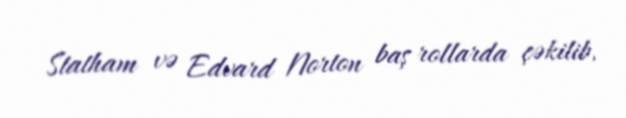
Statham və Edvard Norton baş rollarda çəkilib.